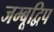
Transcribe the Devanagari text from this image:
जम्बूद्विप